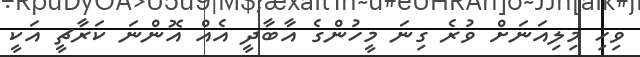
ވިހި މިލިއަނަށް ވުރެ ގިނަ މީހުންގެ އާބާދީ އެއް އޮންނަ ކަރާޗީ އަކީ